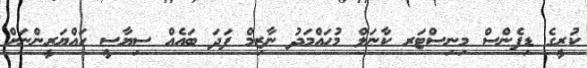
ކުރީގެ ޑިފެންސް މިނިސްޓަރ ކާނަލް މުހައްމަދު ނާޒިމް ފަދަ ބައެއް ސިޔާސީ ހައްޔަރީންނަށް